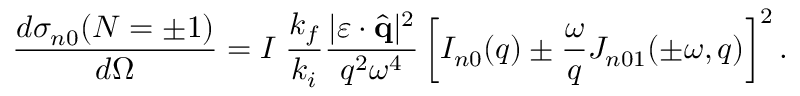
\frac { d { \sigma } _ { n 0 } ( N = \pm 1 ) } { d \Omega } = I \; \frac { k _ { f } } { k _ { i } } \frac { | \boldsymbol { \varepsilon } \cdot \hat { \mathbf { q } } | ^ { 2 } } { q ^ { 2 } \omega ^ { 4 } } \left[ { \cal I } _ { n 0 } ( q ) \pm \frac { \omega } { q } { \cal J } _ { n 0 1 } ( \pm \omega , q ) \right] ^ { 2 } .